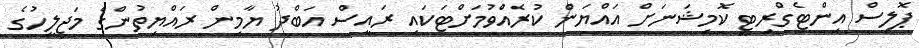
ޕޮލިސް އިންޓެގްރިޓީ ކޮމިޝަނަށް އައްޔަން ކުރެއްުވުމަށްޓަކައި ރައީސް އަބްދު ޔާމިން ރައްޔިތުންގެ މަޖިލީހުގެ